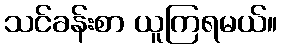
သင်ခန်းစာ ယူကြရမယ်။